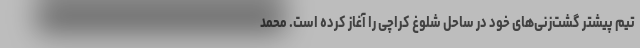
تیم پیشتر گشت‌زنی‌های خود در ساحل شلوغ کراچی را آغاز کرده است. محمد